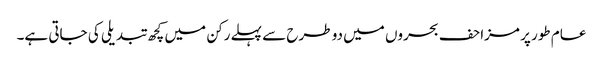
عام طور پر مزاحف بحروں میں دو طرح سے پہلے رکن میں کچھ تبدیلی کی جاتی ہے۔